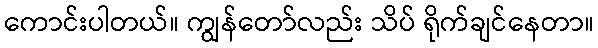
ကောင်းပါတယ်။ ကျွန်တော်လည်း သိပ် ရိုက်ချင်နေတာ။